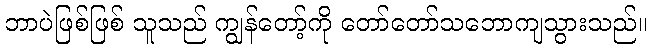
ဘာပဲဖြစ်ဖြစ် သူသည် ကျွန်တော့်ကို တော်တော်သဘောကျသွားသည်။